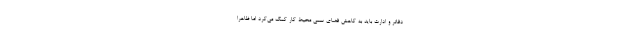
دفاتر و ادارت باید به کاهش فضای سمی محیط کار کمک می‌کرد اما ظاهرا